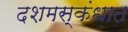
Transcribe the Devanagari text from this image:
दशमस्कंधात